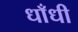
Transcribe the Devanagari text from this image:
धाँधी